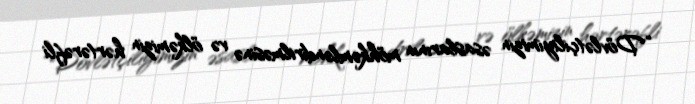
“Dövlətçiliyimizin əsaslarının möhkəmləndirilməsinə və ölkəmizin hərtərəfli